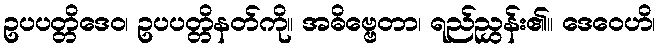
ဥပပတ္တိဒေဝ၊ ဥပပတ္တိနတ်ကို။ အဓိဗ္ဗေတာ၊ ရည်ညွှန်း၏။ ဒေဝေဟိ၊